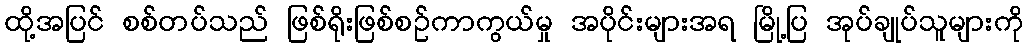
ထို့အပြင် စစ်တပ်သည် ဖြစ်ရိုးဖြစ်စဉ်ကာကွယ်မှု အပိုင်းများအရ မြို့ပြ အုပ်ချုပ်သူများကို